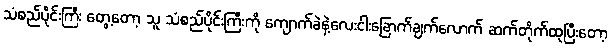
သံစည်ပိုင်းကြီး တွေ့တော့ သူ သံစည်ပိုင်းကြီးကို ကျောက်ခဲနဲ့လေးငါးခြောက်ချက်လောက် ဆက်တိုက်ထုပြီးတော့